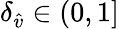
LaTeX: \delta_{\hat{v}}\in(0,1]